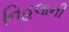
નિહલાની